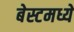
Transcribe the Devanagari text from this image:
बेस्टमध्ये